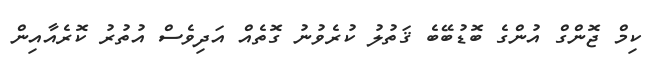
ކިމް ޖޮންގް އުންގެ ބޮޑުބޭބެ ޤަތުލު ކުރެވުނު ގޮތެއް އަދިވެސް އުތުރު ކޮރެއާއިން